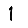
Digit: 1